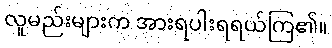
လူမည်းများက အားရပါးရရယ်ကြ၏။